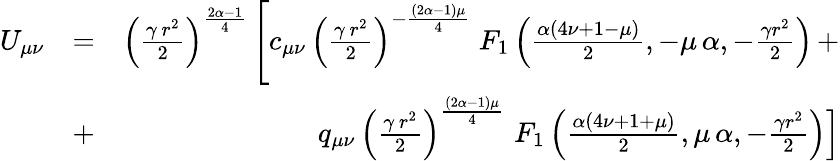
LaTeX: \begin{array}{rlr}{U_{\mu\nu}}&{=}&{\left({\frac{\gamma\, r^{2}}{2}}\right)^{\frac{2\alpha-1}{4}}\left[c_{\mu\nu}\, \left({\frac{\gamma\, r^{2}}{2}}\right)^{-\frac{(2\alpha-1)\mu}{4}}\; F_{1}\left(\frac{\alpha(4\nu+1-\mu)}{2},-\mu\, \alpha,-\frac{\gamma r^{2}}{2}\right)\right.\, +}\\ &{+}&{q_{\mu\nu}\, \left({\frac{\gamma\, r^{2}}{2}}\right)^{\frac{(2\alpha-1)\mu}{4}}\, \left.F_{1}\left(\frac{\alpha(4\nu+1+\mu)}{2},\mu\, \alpha,-\frac{\gamma r^{2}}{2}\right)\right]}\end{array}